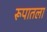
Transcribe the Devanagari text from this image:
रूपातला